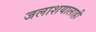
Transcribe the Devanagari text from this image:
जलाशयालाही